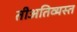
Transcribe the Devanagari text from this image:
तीअतिव्यस्त